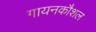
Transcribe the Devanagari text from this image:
गायनकौशल